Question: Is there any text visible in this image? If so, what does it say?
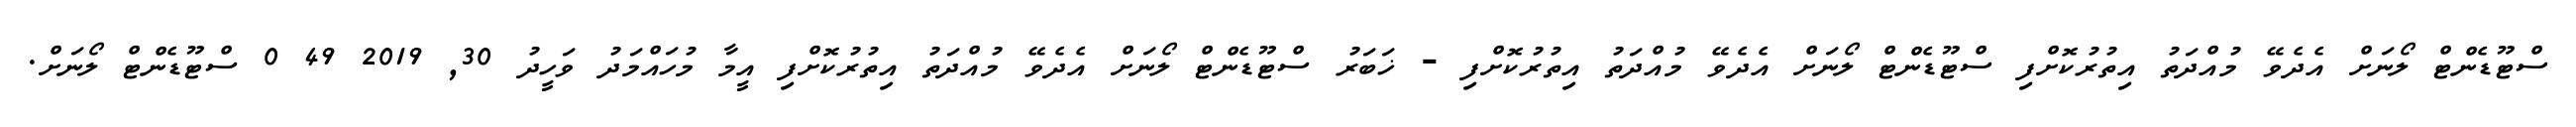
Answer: ސްޓޫޑެންޓް ލޯނަށް އެދެވޭ މުއްދަތު އިތުރުކޮށްފި ސްޓޫޑެންޓް ލޯނަށް އެދެވޭ މުއްދަތު އިތުރުކޮށްފި - ޚަބަރު ސްޓޫޑެންޓް ލޯނަށް އެދެވޭ މުއްދަތު އިތުރުކޮށްފި އީމާ މުހައްމަދު ވަހީދު 30, 2019 49 0 ސްޓޫޑެންޓް ލޯނަށް.